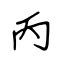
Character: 丙